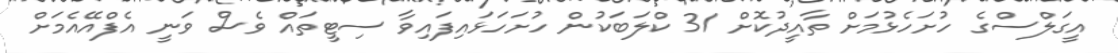
އީގަލްސްގެ ހުށަހެޅުމަށް ތާއީދުކޮށް 31 ކްލަބަކުން ހުށަހަޅައިފައިވާ ސިޓީތައް ވެސް ވަނީ އެފްއޭއެމަށް